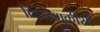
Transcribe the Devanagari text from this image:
निवडणुकीशी